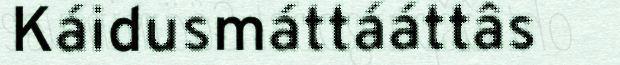
Káidusmáttááttâs